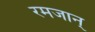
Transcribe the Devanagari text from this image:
रमजान्